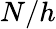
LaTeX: N/h